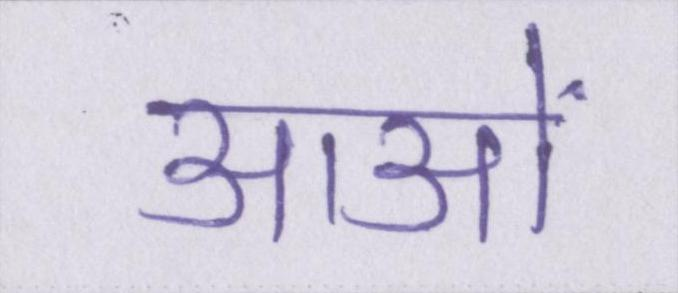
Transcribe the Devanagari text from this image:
आओं